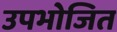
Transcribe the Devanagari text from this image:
उपभोजित